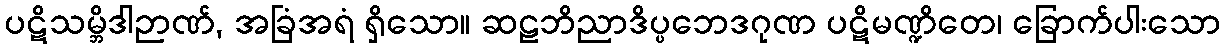
ပဋိသမ္ဘိဒါဉာဏ်, အခြံအရံ ရှိသော။ ဆဠဘိညာဒိပ္ပဘေဒဂုဏ ပဋိမဏ္ဍိတေ၊ ခြောက်ပါးသော